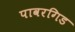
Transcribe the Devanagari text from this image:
पावरगिड